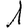
Digit: 1